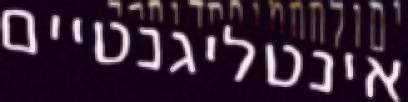
אינטליגנטיים